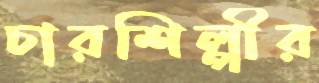
চারশিল্পীর